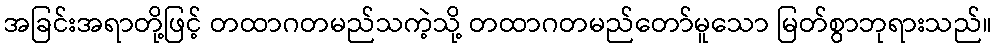
အခြင်းအရာတို့ဖြင့် တထာဂတမည်သကဲ့သို့ တထာဂတမည်တော်မူသော မြတ်စွာဘုရားသည်။